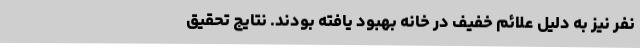
نفر نیز به دلیل علائم خفیف در خانه بهبود یافته بودند. نتایج تحقیق